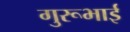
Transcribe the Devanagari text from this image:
गुरूभाई